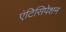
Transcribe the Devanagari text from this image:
एंटिसिपेशन